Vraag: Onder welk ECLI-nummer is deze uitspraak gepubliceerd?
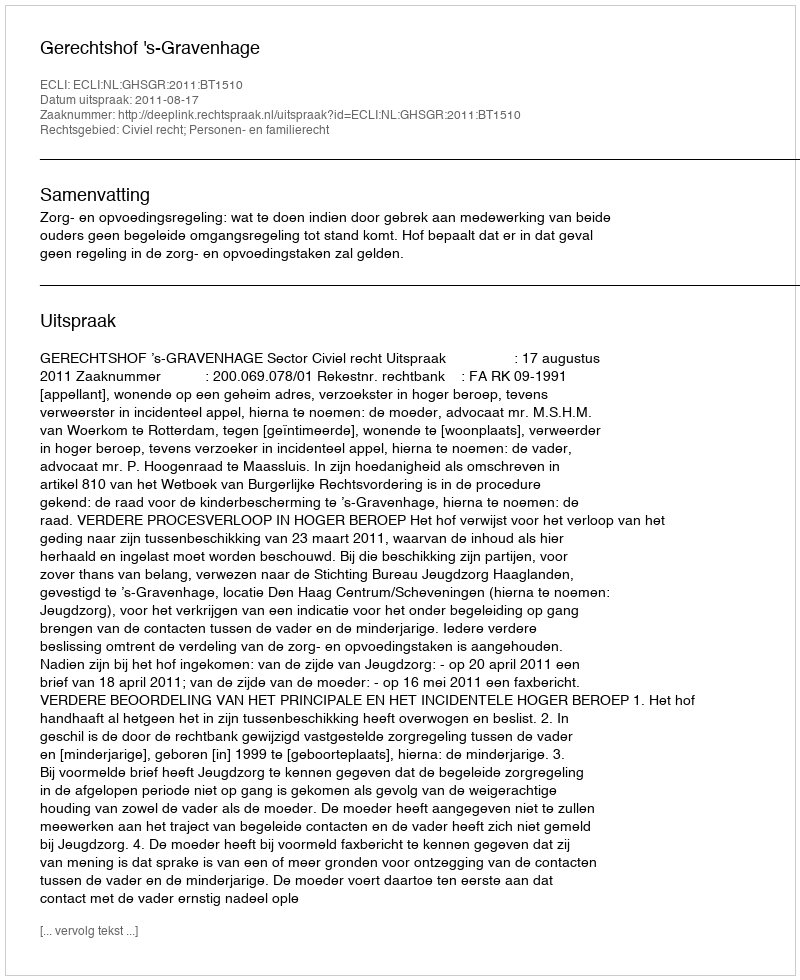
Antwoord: ECLI:NL:GHSGR:2011:BT1510